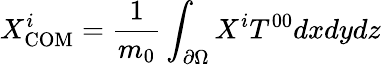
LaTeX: X_{\mathrm{COM}}^{i}={\frac{1}{m_{0}}}\int_{\partial\Omega}X^{i}T^{00}dxdydz